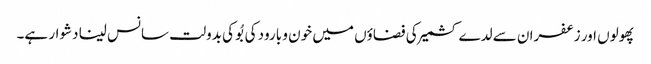
پھولوں اور زعفران سے لدے کشمیر کی فضاؤں میں خون و بارود کی بُو کی بدولت سانس لینا دشوار ہے۔